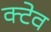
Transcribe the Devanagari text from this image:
क्टेव